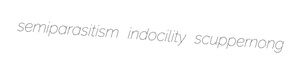
semiparasitism indocility scuppernong